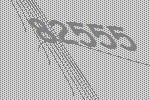
82555